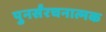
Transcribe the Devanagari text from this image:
पुनर्संरचनात्मक